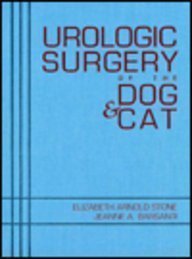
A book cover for Urologic Surgery of the Dog and Cat; Elizabeth Arnold Stone; Medical Books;